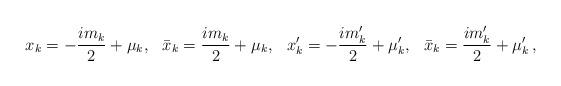
LaTeX: \begin{align*}x_k=-\frac{im_k}2+\mu_k, && \bar x_k= \frac{im_k}2+\mu_k, && x'_k=-\frac{im'_k}2+\mu'_k, && \bar x_k= \frac{im'_k}2+\mu'_k\,,\end{align*}